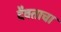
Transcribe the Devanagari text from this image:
दैवताचा